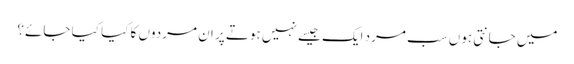
میں جانتی ہوں سب مرد ایک جیسے نہیں ہوتے پر ان مردوں کا کیا کیا جائے؟